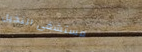
مستشفى النخيل